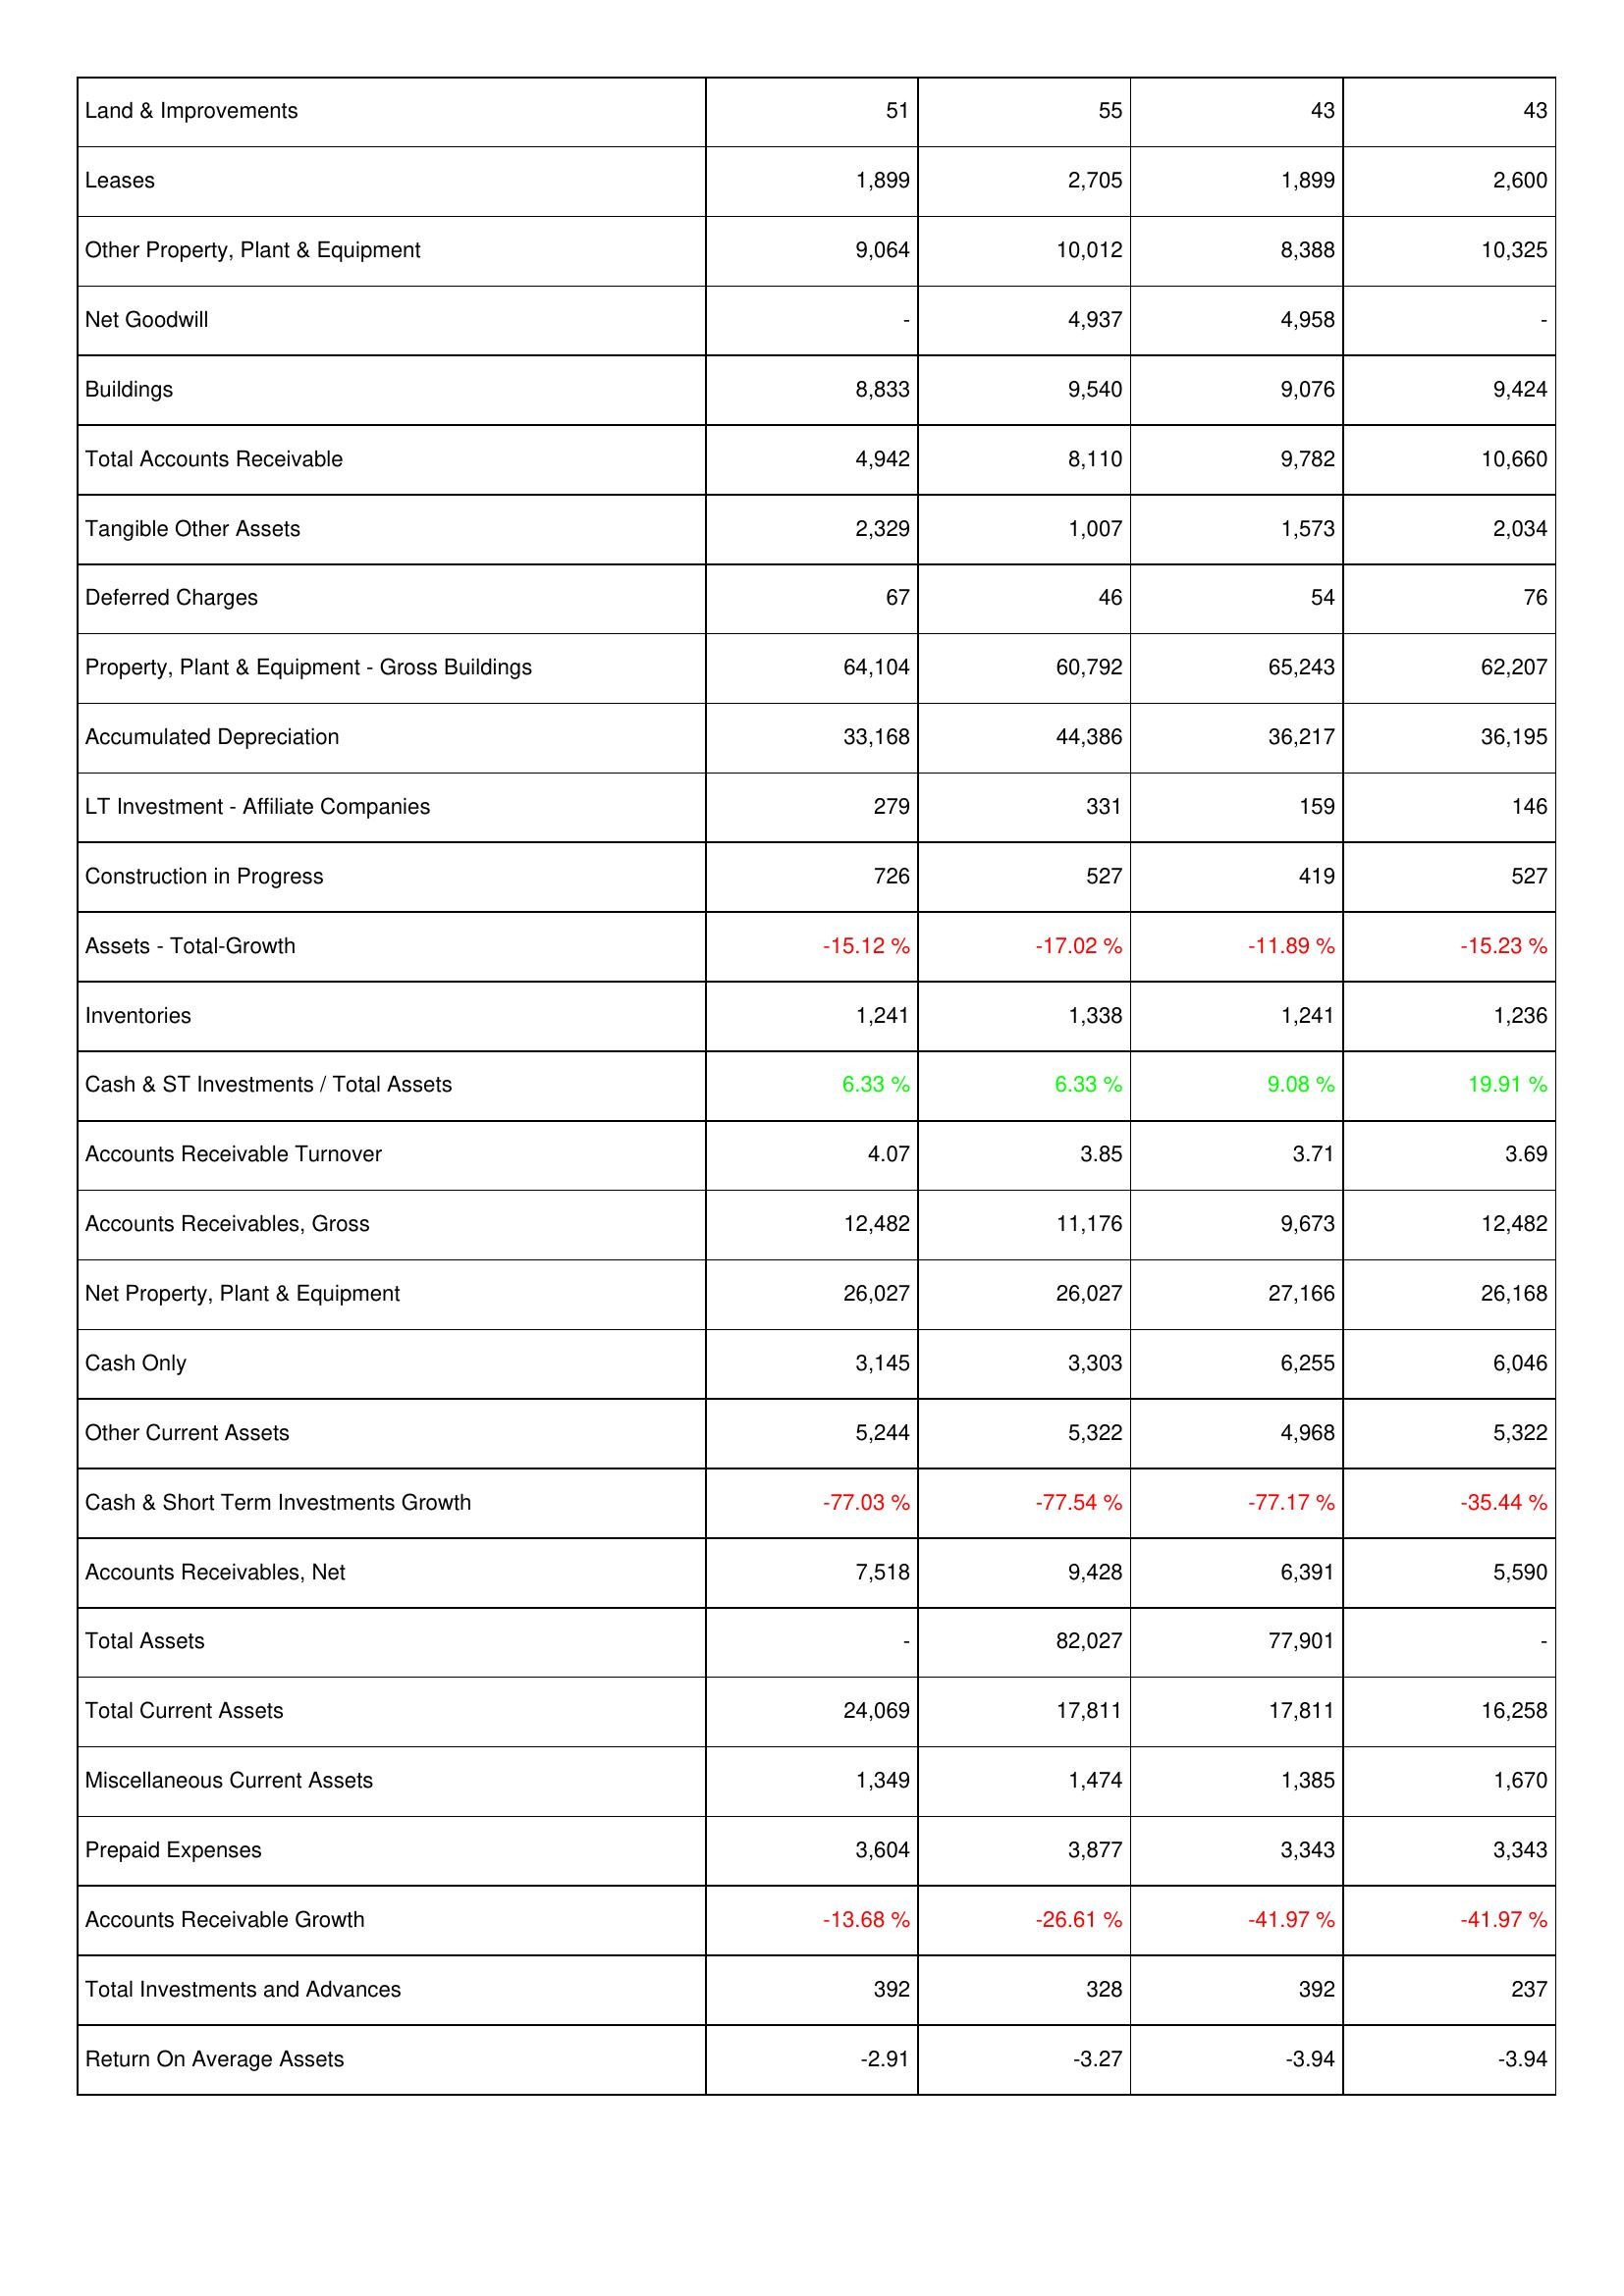
2006: Assets: Land & Improvements: 51
Leases: 1,899
Other Property, Plant & Equipment: 9,064
Net Goodwill: -
Buildings: 8,833
Total Accounts Receivable: 4,942
Tangible Other Assets: 2,329
Deferred Charges: 67
Property, Plant & Equipment - Gross Buildings: 64,104
Accumulated Depreciation: 33,168
LT Investment - Affiliate Companies: 279
Construction in Progress: 726
Assets - Total-Growth: -15.12 %
Inventories: 1,241
Cash & ST Investments / Total Assets: 6.33 %
Accounts Receivable Turnover: 4.07
Accounts Receivables, Gross: 12,482
Net Property, Plant & Equipment: 26,027
Cash Only: 3,145
Other Current Assets: 5,244
Cash & Short Term Investments Growth: -77.03 %
Accounts Receivables, Net: 7,518
Total Assets: -
Total Current Assets: 24,069
Miscellaneous Current Assets: 1,349
Prepaid Expenses: 3,604
Accounts Receivable Growth: -13.68 %
Total Investments and Advances: 392
Return On Average Assets: -2.91
2007: Assets: Land & Improvements: 55
Leases: 2,705
Other Property, Plant & Equipment: 10,012
Net Goodwill: 4,937
Buildings: 9,540
Total Accounts Receivable: 8,110
Tangible Other Assets: 1,007
Deferred Charges: 46
Property, Plant & Equipment - Gross Buildings: 60,792
Accumulated Depreciation: 44,386
LT Investment - Affiliate Companies: 331
Construction in Progress: 527
Assets - Total-Growth: -17.02 %
Inventories: 1,338
Cash & ST Investments / Total Assets: 6.33 %
Accounts Receivable Turnover: 3.85
Accounts Receivables, Gross: 11,176
Net Property, Plant & Equipment: 26,027
Cash Only: 3,303
Other Current Assets: 5,322
Cash & Short Term Investments Growth: -77.54 %
Accounts Receivables, Net: 9,428
Total Assets: 82,027
Total Current Assets: 17,811
Miscellaneous Current Assets: 1,474
Prepaid Expenses: 3,877
Accounts Receivable Growth: -26.61 %
Total Investments and Advances: 328
Return On Average Assets: -3.27
2008: Assets: Land & Improvements: 43
Leases: 1,899
Other Property, Plant & Equipment: 8,388
Net Goodwill: 4,958
Buildings: 9,076
Total Accounts Receivable: 9,782
Tangible Other Assets: 1,573
Deferred Charges: 54
Property, Plant & Equipment - Gross Buildings: 65,243
Accumulated Depreciation: 36,217
LT Investment - Affiliate Companies: 159
Construction in Progress: 419
Assets - Total-Growth: -11.89 %
Inventories: 1,241
Cash & ST Investments / Total Assets: 9.08 %
Accounts Receivable Turnover: 3.71
Accounts Receivables, Gross: 9,673
Net Property, Plant & Equipment: 27,166
Cash Only: 6,255
Other Current Assets: 4,968
Cash & Short Term Investments Growth: -77.17 %
Accounts Receivables, Net: 6,391
Total Assets: 77,901
Total Current Assets: 17,811
Miscellaneous Current Assets: 1,385
Prepaid Expenses: 3,343
Accounts Receivable Growth: -41.97 %
Total Investments and Advances: 392
Return On Average Assets: -3.94
2009: Assets: Land & Improvements: 43
Leases: 2,600
Other Property, Plant & Equipment: 10,325
Net Goodwill: -
Buildings: 9,424
Total Accounts Receivable: 10,660
Tangible Other Assets: 2,034
Deferred Charges: 76
Property, Plant & Equipment - Gross Buildings: 62,207
Accumulated Depreciation: 36,195
LT Investment - Affiliate Companies: 146
Construction in Progress: 527
Assets - Total-Growth: -15.23 %
Inventories: 1,236
Cash & ST Investments / Total Assets: 19.91 %
Accounts Receivable Turnover: 3.69
Accounts Receivables, Gross: 12,482
Net Property, Plant & Equipment: 26,168
Cash Only: 6,046
Other Current Assets: 5,322
Cash & Short Term Investments Growth: -35.44 %
Accounts Receivables, Net: 5,590
Total Assets: -
Total Current Assets: 16,258
Miscellaneous Current Assets: 1,670
Prepaid Expenses: 3,343
Accounts Receivable Growth: -41.97 %
Total Investments and Advances: 237
Return On Average Assets: -3.94